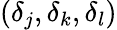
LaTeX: (\delta_{j},\delta_{k},\delta_{l})